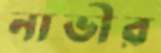
নাভীর